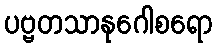
ပဗ္ဗတသာနုဂေါစရော